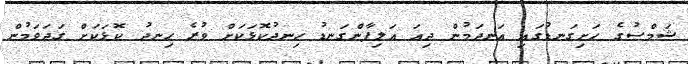
ޝަމްސުގެ ހަށިގަނޑުގައި އަނދަމުން ދިއަ އަލިފާންގަނޑު ހިނދުކޮޅަކަށް ވުރެ ހިނދު ކޮޅަކަށް ގަދަވަމުން